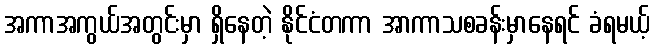
အကာအကွယ်အတွင်းမှာ ရှိနေတဲ့ နိုင်ငံတကာ အာကာသစခန်းမှာနေရင် ခံရမယ့်